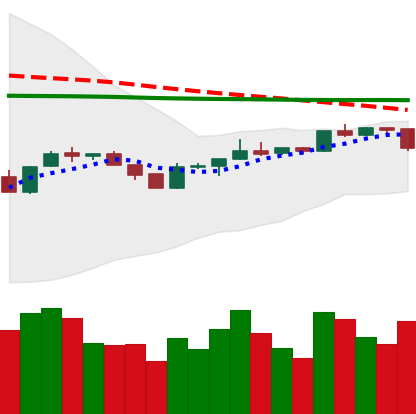
Ticker: BTC-USD
Chart end date: 2020-04-10
Forward return: -3.254%
Label: down_3_5